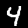
Label: 4